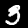
Digit: 3